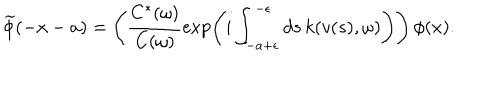
\widetilde { \phi } ( - x - a ) = \Biggl ( \frac { C ^ { * } ( \omega ) } { C ( \omega ) } \exp \left( i \int _ { - a + \epsilon } ^ { - \epsilon } d s \, k ( v ( s ) , \omega ) \Biggr ) \right) \, \phi ( x ) .